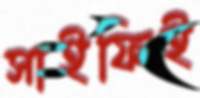
সাইফিই